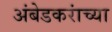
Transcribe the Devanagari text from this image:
अंबेडकरांच्या